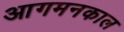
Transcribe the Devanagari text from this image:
आगमनकाल